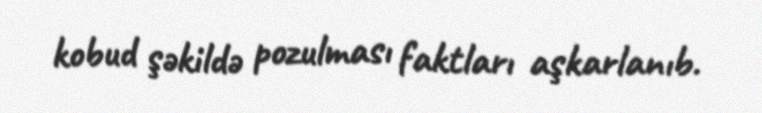
kobud şəkildə pozulması faktları aşkarlanıb.